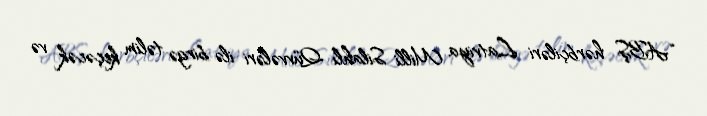
“ABŞ hərbçiləri Latviya Milli Silahlı Qüvvələri ilə birgə təlim keçəcək və